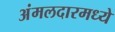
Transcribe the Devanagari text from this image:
अंमलदारमध्ये